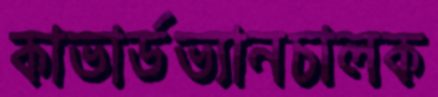
কাভার্ডভ্যানচালক